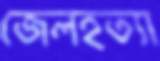
জেলহত্যা